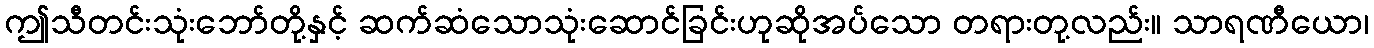
ဤသီတင်းသုံးဘော်တို့နှင့် ဆက်ဆံသောသုံးဆောင်ခြင်းဟုဆိုအပ်သော တရားတု့လည်း။ သာရဏီယော၊